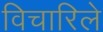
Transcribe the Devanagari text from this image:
विचारिले